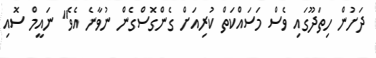
ދަށުން ހިތަދޫގައި ވެސް މަސައްކަތް ކުރިއަށް ގެންގޮސްގެން ނުވާނެ އެވެ" ނައީމް ސޮއި